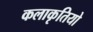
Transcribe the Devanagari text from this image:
कलाकृतियो